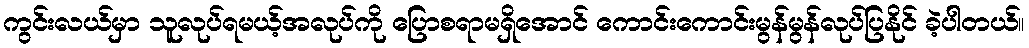
ကွင်းလယ်မှာ သူလုပ်ရမယ့်အလုပ်ကို ပြောစရာမရှိအောင် ကောင်းကောင်းမွန်မွန်လုပ်ပြနိုင် ခဲ့ပါတယ်။